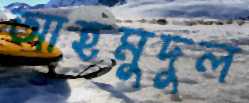
আহমুদুল